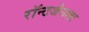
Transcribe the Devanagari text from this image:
रॉन्टजेनला